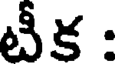
టీక :